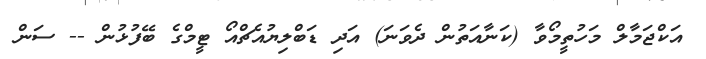
އަކްޖަމާލް މަހުތީމޯވާ (ކަނާއަތުން ދެވަނަ) އަދި ޑަބްލިޔުއެޗްއޯ ޓީމްގެ ބޭފުޅުން -- ސަން